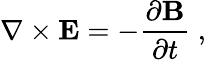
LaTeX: \mathbf{\nabla}\times\mathbf{E}=-\frac{\partial\mathbf{B}}{\partial t}~,